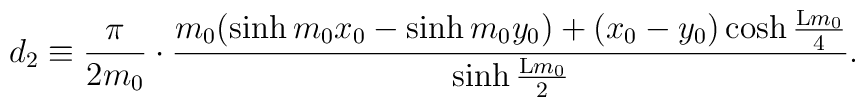
d_2 \equiv \frac{\pi}{2m_0} \cdot \frac{m_0(\sinh{m_0x_0} -\sinh{m_0y_0}) + (x_0 - y_0) \cosh{\frac{{\rm L}m_0}{4}}}{\sinh{\frac{{\rm L}m_0}{2}}} .